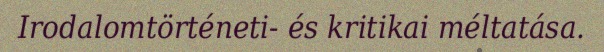
Irodalomtörténeti- és kritikai méltatása.